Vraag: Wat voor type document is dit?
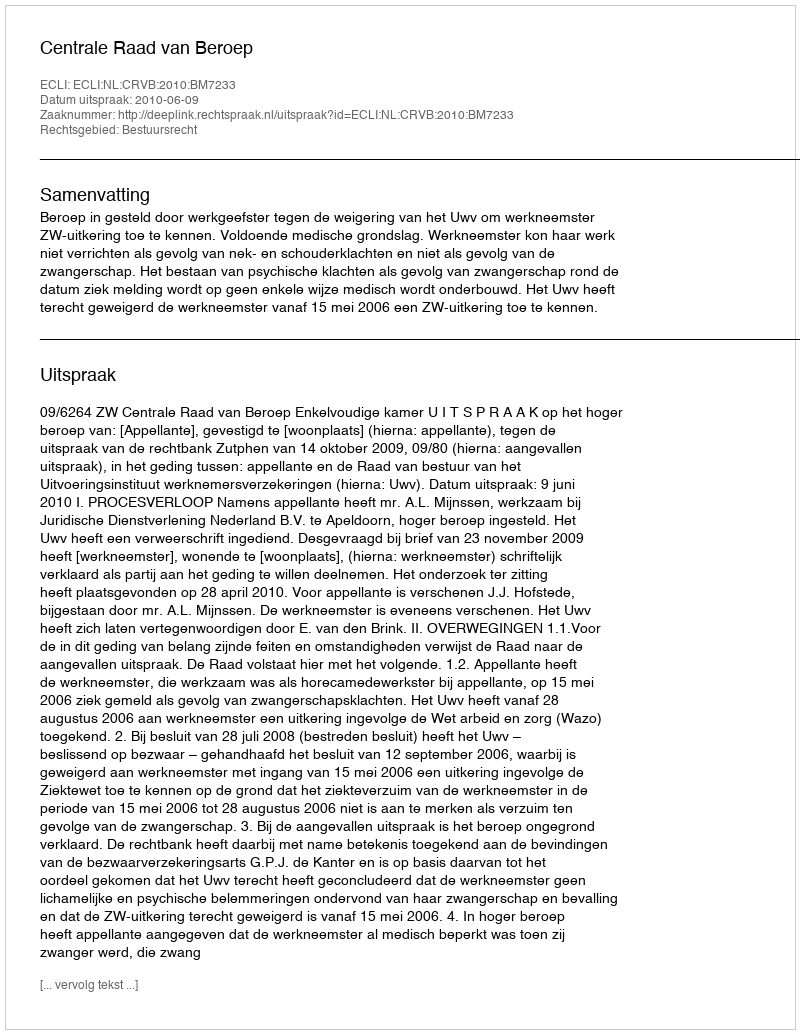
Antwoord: Uitspraak